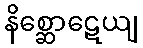
နိစ္ဆောဋေယျ